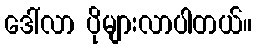
ဒေါ်လာ ပိုများလာပါတယ်။